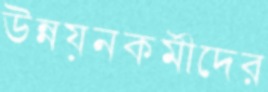
উন্নয়নকর্মীদের